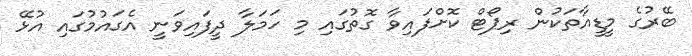
ބޭރުގެ މީޑީއާތަކުން ރިޕޯޓް ކޮށްފައިވާ ގޮތުގައި މި ހަމަލާ ދީފައިވަނީ އެގައުމުގައި އުޅޭ